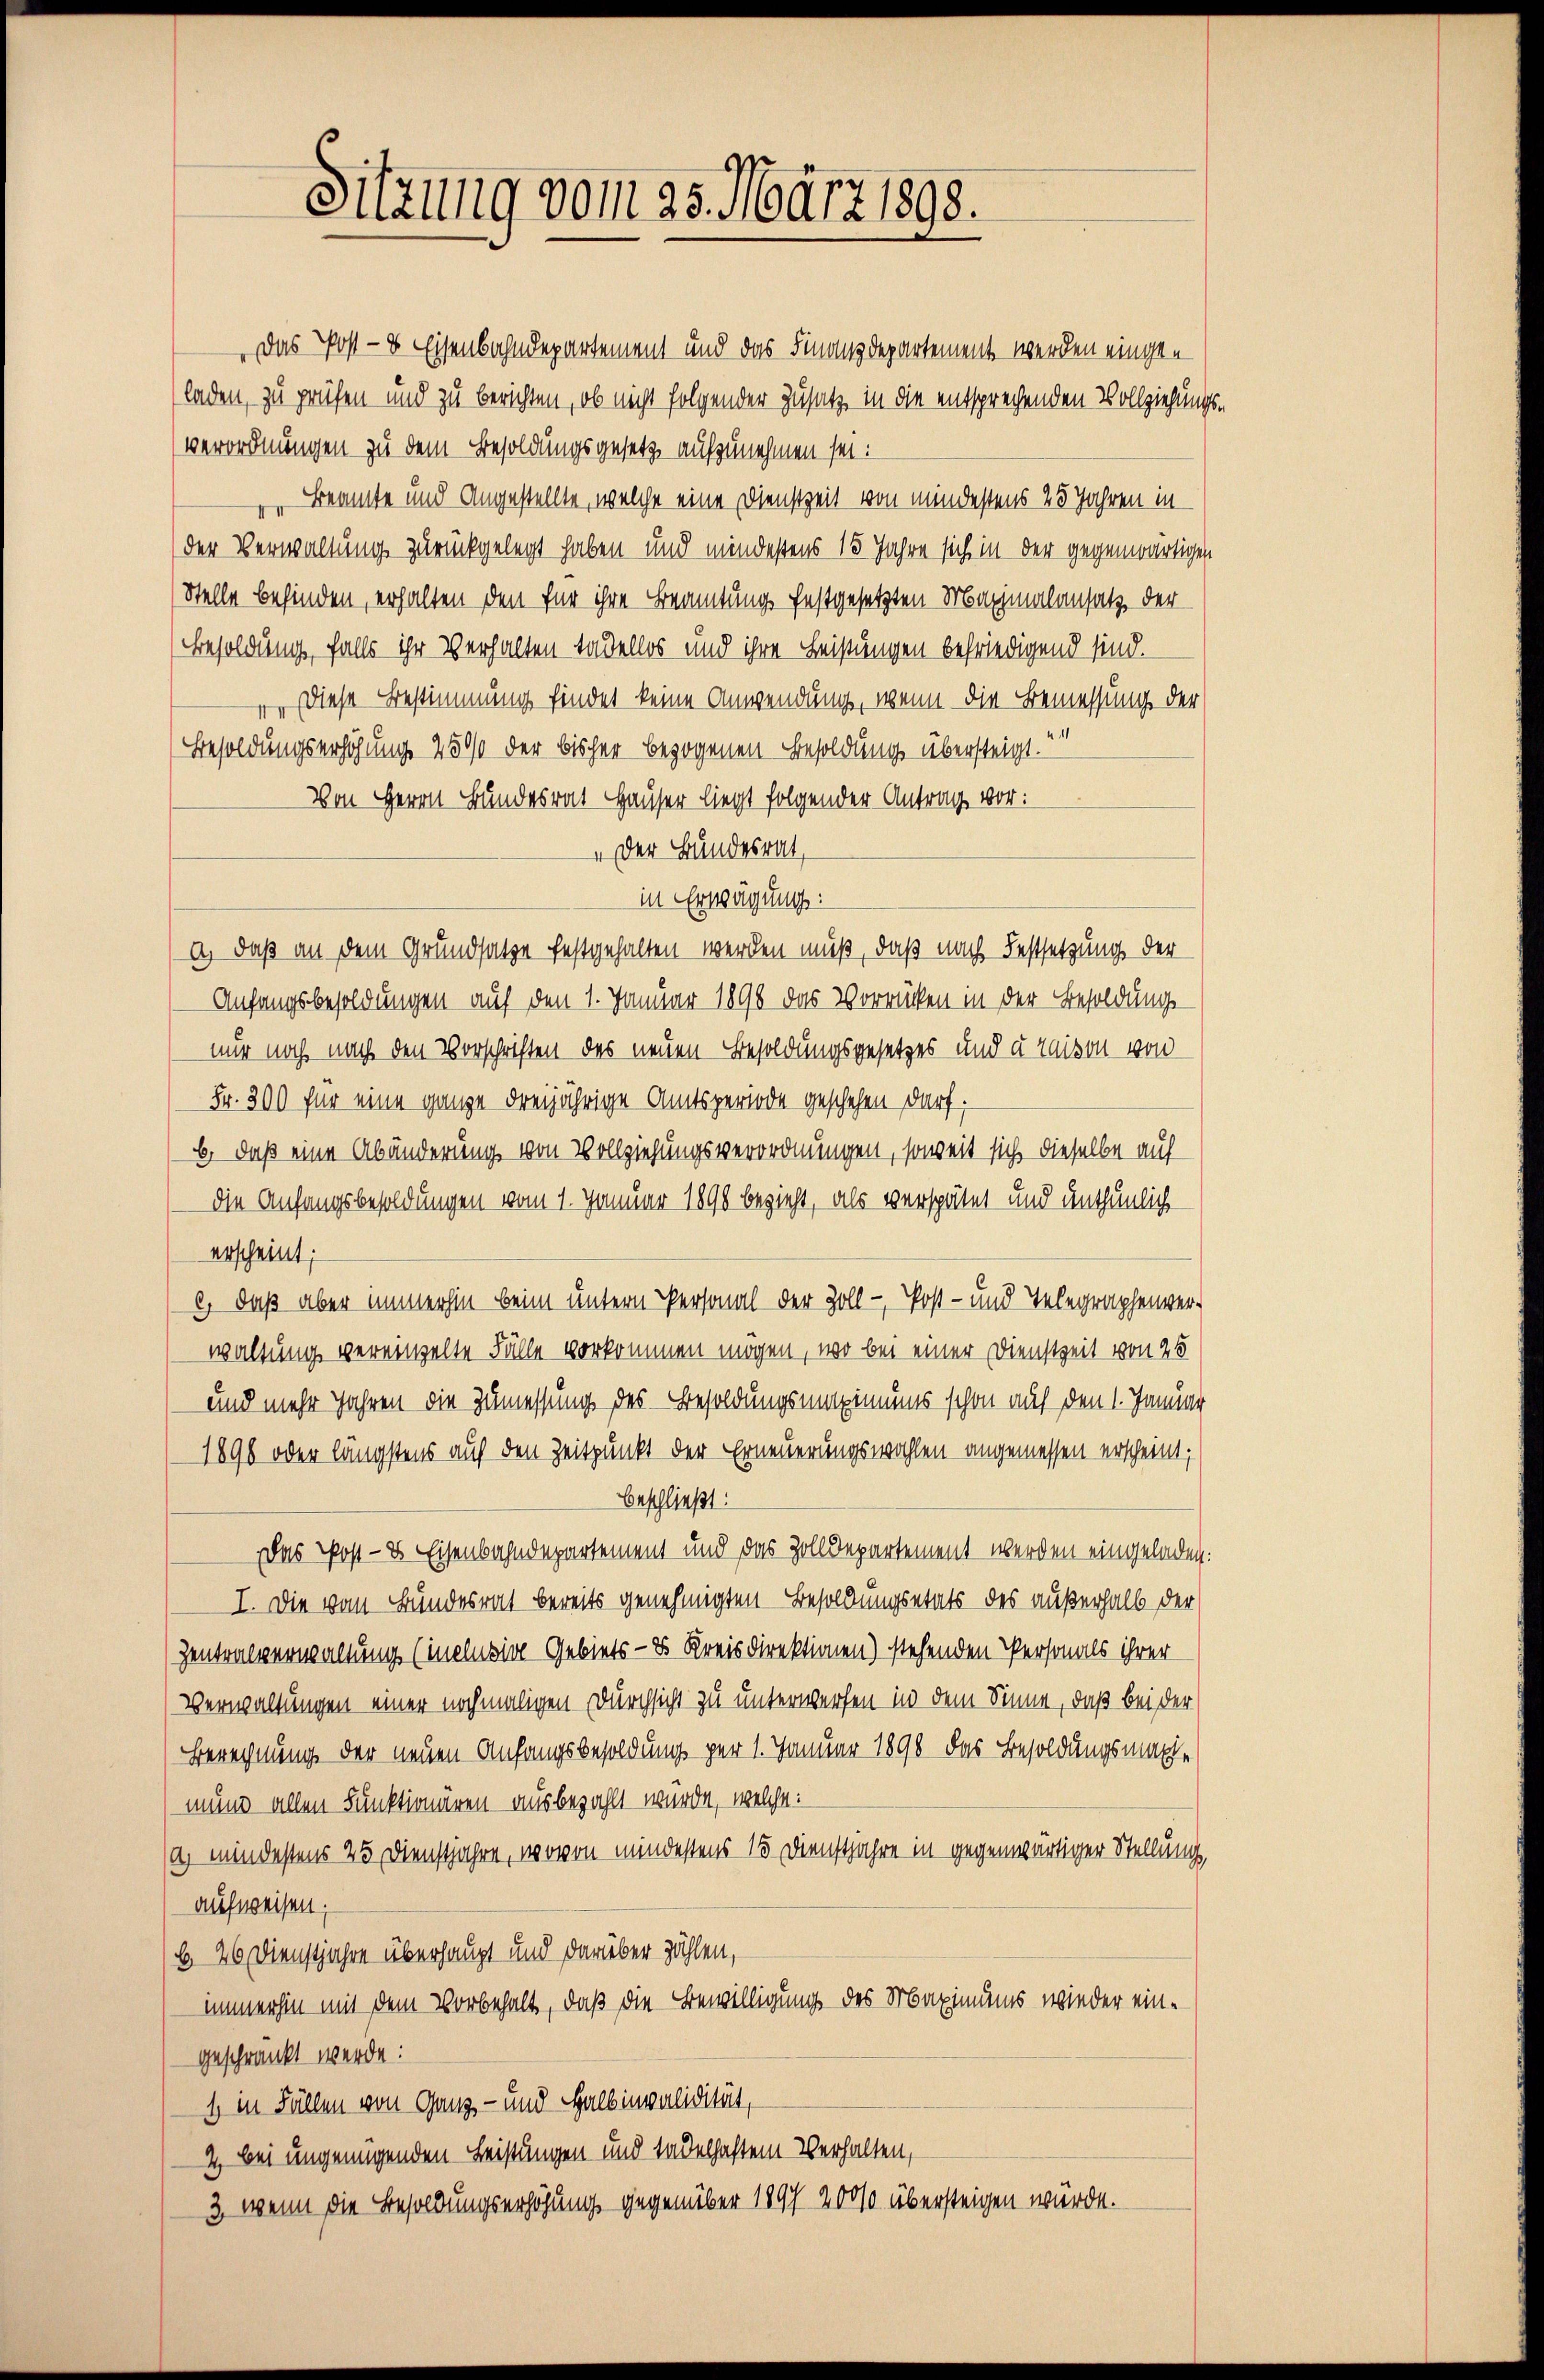
Sitzung vom 25. März 1898.

Das Post- & Eisenbahndepartement und das Finanzdepartement werden eingen
laden, zu prüfen und zu berichten, ob nicht folgender Zusatz in die entsprechenden Vollziehungsverordnungen zu dem Besoldungsgesetz aufzunehmen sei.
" Beamte und Angestellte, welche eine Dienstzeit von mindestens 25 Jahren in
der Verwaltung zurückgelegt haben und mindestens 15 Jahre sich in der gegenwärtigen
Stelle befinden, erhalten den für ihre Beamtung festgesetzten Maximalansatz der
Besoldung, falls ihr Verhalten tadellos und ihre Leistungen befriedigend sind.
1 diese Bestimmung findet keine Anwendung, wenn die Bemessung der
Besoldungserhöhung 2500 der bisher bezogenen Besoldung übersteigt.
Von Herr Bunder Hauser liegt folgender Antrag vor:
" der Bundesrat,
in Erwägung:
a) daß an dem Grundsatze festgehalten werden muß, daß nach Festsetzung der
Anfangsbesoldungen auf den 1. Januar 1890 das Vorrücken in der Besoldungs-
nur noch nach den Vorschriften des neuen Besoldungsgesetzes und u. raison von
Fr. 300 für eine ganze dreijährige Amtsperiode geschehen darf.
b) daß eine Abänderung von Vollziehungsverordnungen, soweit sich dieselbe auf
die Anfangsbesoldungen vom 1. Januar 1890 bezieht, als verspätet und unthunlich
erscheint;
e
2) daß aber immerhin beim untern Personal der Zoll - Post- und Telegraphenver-
waltung vereinzelte Fälle vorkommen mögen, wo bei einer Dienstzeit von 25
und mehr Jahren die Zumessung des Besoldungsmpimums schon auf den 1. Januar
1896 oder längstens auf den Zeitpunkt der Erneuerungswahlen angemessen erscheint;
beschließt:
Das Post- & Eisenbahndepartement und das Zolldepartement werden eingeladen:
I. Die vom Bundesrat bereits genehmigten Besoldungsetats des außerhalb der
Zentralverwaltung (inelusive Gebiets- & Kreisdirektionen) stehenden Personals ihrer
Verwaltungen einer nochmaligen Durchsicht zu unterwerfen in dem Sinne, daß bei der
Berechnung der neuen Anfangsbesoldung per 1. Januar 1890 das Besoldungsmache
mund allen Funktionären ausbezahlt wurde, welche:
(a) mindestens 25 Dienstjahre, wovon mindestens 15. Dienstjahre in gegenwärtiger Stellung,
aufweisen.
b. 26. Dienstjahre überhaupt und darüber zählen,
immerhin mit dem Vorbehalt, daß die Bewilligung des Maximums wieder eingeschränkt werde:
1 in Fällen von Ganz- und Halbinvalidität,
2 bei ungenügenden Leistungen und tadelhaftem Verhalten,
3, wenn die Besoldungserhöhung gegenüber 1897 20000 übersteigen wurde.